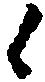
々